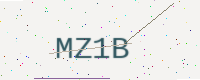
Text: MZ1B